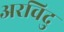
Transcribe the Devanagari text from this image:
अरविदु